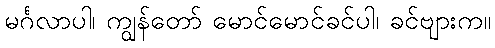
မင်္ဂလာပါ၊ ကျွန်တော် မောင်မောင်ခင်ပါ၊ ခင်ဗျားက။